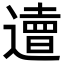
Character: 𨗣